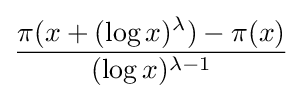
{\frac {\pi (x+(\log x)^{\lambda })-\pi (x)}{(\log x)^{\lambda -1}}}